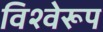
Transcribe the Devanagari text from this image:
विश्वेरूप